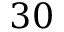
3 0